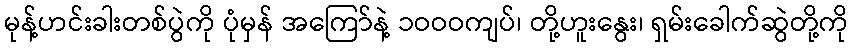
မုန့်ဟင်းခါးတစ်ပွဲကို ပုံမှန် အကြော်နဲ့ ၁ဝဝဝကျပ်၊ တို့ဟူးနွေး၊ ရှမ်းခေါက်ဆွဲတို့ကို